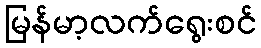
မြန်မာ့လက်ရွေးစင်